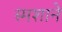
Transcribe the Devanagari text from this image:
स्मशाने